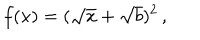
f ( x ) = ( \sqrt { x } + \sqrt { b } ) ^ { 2 } \, ,